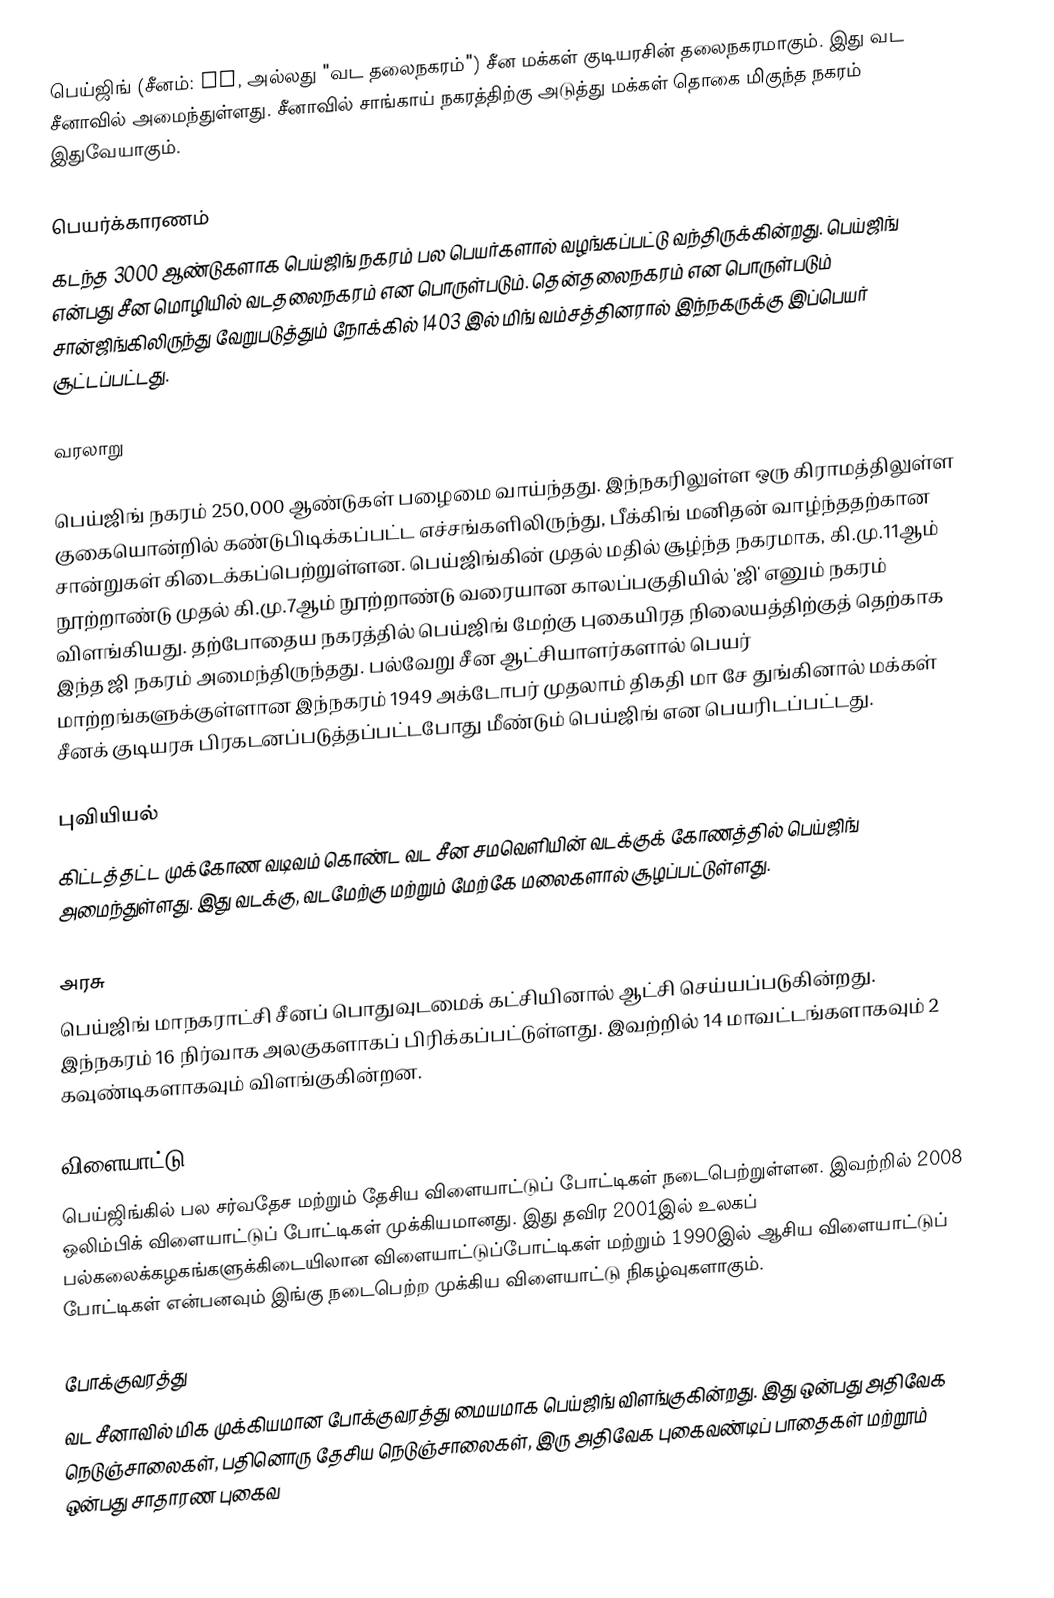
பெய்ஜிங் (சீனம்: 北京, அல்லது "வட தலைநகரம்") சீன மக்கள் குடியரசின் தலைநகரமாகும். இது வட சீனாவில் அமைந்துள்ளது. சீனாவில் சாங்காய் நகரத்திற்கு அடுத்து மக்கள் தொகை மிகுந்த நகரம் இதுவேயாகும்.

பெயர்க்காரணம்
கடந்த 3000 ஆண்டுகளாக பெய்ஜிங் நகரம் பல பெயர்களால் வழங்கப்பட்டு வந்திருக்கின்றது. பெய்ஜிங் என்பது சீன மொழியில் வடதலைநகரம் என பொருள்படும். தென்தலைநகரம் என பொருள்படும் சான்ஜிங்கிலிருந்து வேறுபடுத்தும் நோக்கில் 1403 இல் மிங் வம்சத்தினரால் இந்நகருக்கு இப்பெயர் சூட்டப்பட்டது.

வரலாறு

பெய்ஜிங் நகரம் 250,000 ஆண்டுகள் பழைமை வாய்ந்தது. இந்நகரிலுள்ள ஒரு கிராமத்திலுள்ள குகையொன்றில் கண்டுபிடிக்கப்பட்ட எச்சங்களிலிருந்து, பீக்கிங் மனிதன் வாழ்ந்ததற்கான சான்றுகள் கிடைக்கப்பெற்றுள்ளன. பெய்ஜிங்கின் முதல் மதில் சூழ்ந்த நகரமாக, கி.மு.11ஆம் நூற்றாண்டு முதல் கி.மு.7ஆம் நூற்றாண்டு வரையான காலப்பகுதியில் 'ஜி' எனும் நகரம் விளங்கியது. தற்போதைய நகரத்தில் பெய்ஜிங் மேற்கு புகையிரத நிலையத்திற்குத் தெற்காக இந்த ஜி நகரம் அமைந்திருந்தது. பல்வேறு சீன ஆட்சியாளர்களால் பெயர் மாற்றங்களுக்குள்ளான இந்நகரம் 1949 அக்டோபர் முதலாம் திகதி மா சே துங்கினால் மக்கள் சீனக் குடியரசு பிரகடனப்படுத்தப்பட்டபோது மீண்டும் பெய்ஜிங் என பெயரிடப்பட்டது.

புவியியல்
கிட்டத்தட்ட முக்கோண வடிவம் கொண்ட வட சீன சமவெளியின் வடக்குக் கோணத்தில் பெய்ஜிங் அமைந்துள்ளது. இது வடக்கு, வடமேற்கு மற்றும் மேற்கே மலைகளால் சூழப்பட்டுள்ளது.

அரசு
பெய்ஜிங் மாநகராட்சி சீனப் பொதுவுடமைக் கட்சியினால் ஆட்சி செய்யப்படுகின்றது. இந்நகரம் 16 நிர்வாக அலகுகளாகப் பிரிக்கப்பட்டுள்ளது. இவற்றில் 14 மாவட்டங்களாகவும் 2 கவுண்டிகளாகவும் விளங்குகின்றன.

விளையாட்டு
பெய்ஜிங்கில் பல சர்வதேச மற்றும் தேசிய விளையாட்டுப் போட்டிகள் நடைபெற்றுள்ளன. இவற்றில் 2008 ஒலிம்பிக் விளையாட்டுப் போட்டிகள் முக்கியமானது. இது தவிர 2001இல் உலகப் பல்கலைக்கழகங்களுக்கிடையிலான விளையாட்டுப்போட்டிகள் மற்றும் 1990இல் ஆசிய விளையாட்டுப் போட்டிகள் என்பனவும் இங்கு நடைபெற்ற முக்கிய விளையாட்டு நிகழ்வுகளாகும்.

போக்குவரத்து
வட சீனாவில் மிக முக்கியமான போக்குவரத்து மையமாக பெய்ஜிங் விளங்குகின்றது. இது ஒன்பது அதிவேக நெடுஞ்சாலைகள், பதினொரு தேசிய நெடுஞ்சாலைகள், இரு அதிவேக புகைவண்டிப் பாதைகள் மற்றூம் ஒன்பது சாதாரண புகைவ